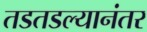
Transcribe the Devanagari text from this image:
तडतडल्यानंतर